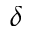
\delta